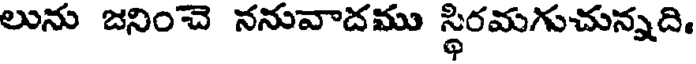
లును జనించె ననువాదము స్థిరమగుచున్నది.